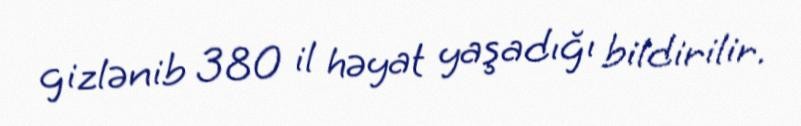
gizlənib 380 il həyat yaşadığı bildirilir.